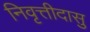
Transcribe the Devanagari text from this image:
निवृत्तीदासु